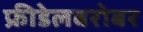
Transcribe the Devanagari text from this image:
फ्रीडेलबरोबर